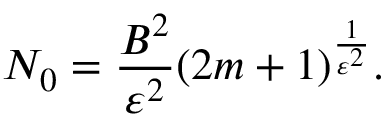
N _ { 0 } = \frac { B ^ { 2 } } { \varepsilon ^ { 2 } } ( 2 m + 1 ) ^ { \frac { 1 } { \varepsilon ^ { 2 } } } .